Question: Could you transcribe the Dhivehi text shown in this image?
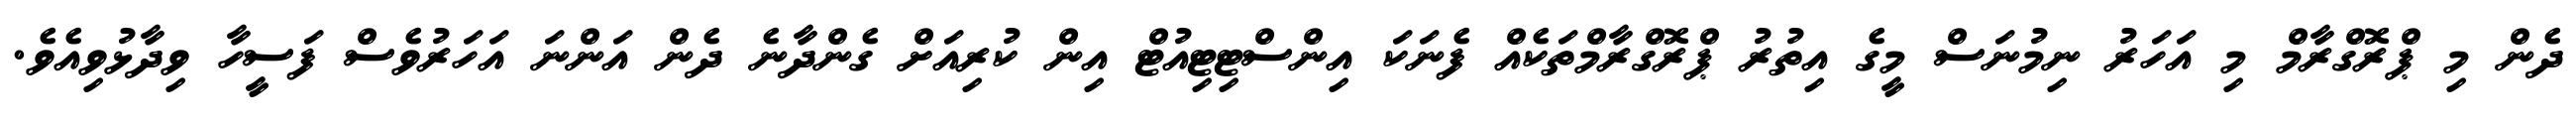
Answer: ދެން މި ޕްރޮގްރާމް މި އަހަރު ނިމުނަސް މީގެ އިތުރު ޕްރޮގްރާމްތަކެއް ފެނަކަ އިންސްޓިޓިއުޓް އިން ކުރިއަށް ގެންދާނެ ދެން އަންނަ އަހަރުވެސް ފަސީހާ ވިދާޅުވިއެވެ.